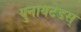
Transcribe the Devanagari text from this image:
युनायटेडस्